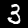
Label: 3